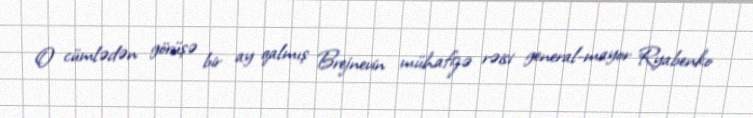
O cümlədən görüşə bir ay qalmış Brejnevin mühafizə rəisi general-mayor Ryabenko